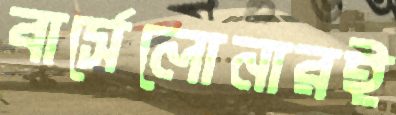
বার্সেলোনারই